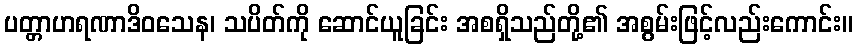
ပတ္တာဟရဏာဒိဝသေန၊ သပိတ်ကို ဆောင်ယူခြင်း အစရှိသည်တို့၏ အစွမ်းဖြင့်လည်းကောင်း။